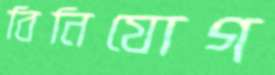
বিনিযোগ